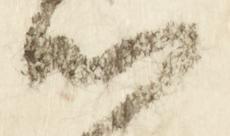
候